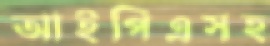
আইপিএসহ